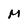
Character: M